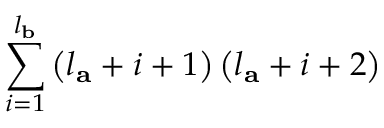
\sum _ { i = 1 } ^ { l _ { \mathbf { b } } } \left( l _ { \mathbf { a } } + i + 1 \right) \left( l _ { \mathbf { a } } + i + 2 \right)